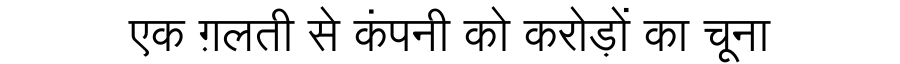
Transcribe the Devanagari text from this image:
एक ग़लती से कंपनी को करोड़ों का चूना